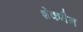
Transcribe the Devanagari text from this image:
शेंकमैन